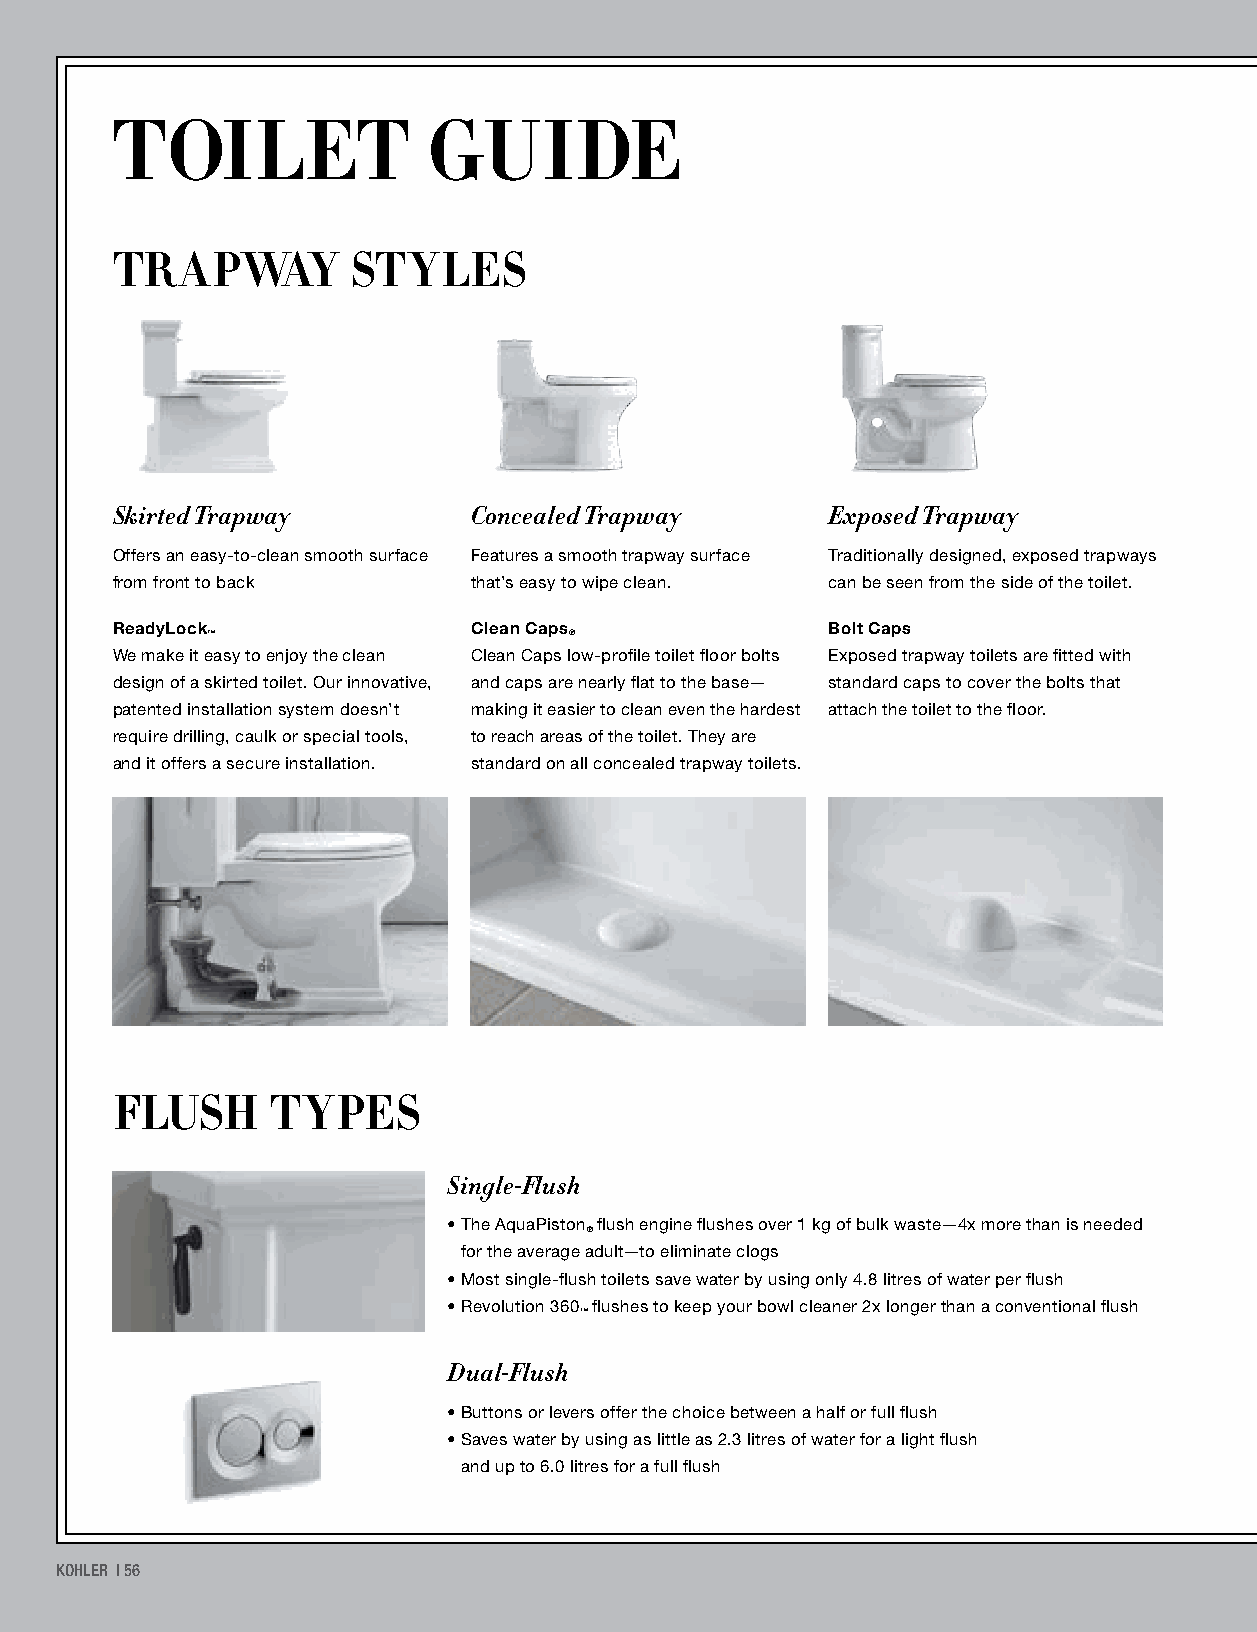
TOILET               GUIDE
 TRAPWAY         STYLES
 Skirted Trapway         Concealed Trapway       Exposed Trapway
 Offers an easy-to-clean smooth surface Features a smooth trapway surface Traditionally designed, exposed trapways
 from front to back      that’s easy to wipe clean. can be seen from the side of the toilet.
 ReadyLock               Clean Caps              Bolt Caps
 ™                       ®
 We make it easy to enjoy the clean Clean Caps low-profile toilet floor bolts Exposed trapway toilets are fitted with
 design of a skirted toilet. Our innovative, and caps are nearly flat to the base— standard caps to cover the bolts that
 patented installation system doesn’t making it easier to clean even the hardest attach the toilet to the floor.
 require drilling, caulk or special tools, to reach areas of the toilet. They are
 and it offers a secure installation. standard on all concealed trapway toilets.
 FLUSH      TYPES
 Single-Flush
 • T he AquaPiston flush engine flushes over 1 kg of bulk waste—4x more than is needed
 ®
 for the average adult—to eliminate clogs
 • M ost single-flush toilets save water by using only 4.8 litres of water per flush
 • R evolution 360 flushes to keep your bowl cleaner 2x longer than a conventional flush
 ™
 Dual-Flush
 • B uttons or levers offer the choice between a half or full flush
 • S aves water by using as little as 2.3 litres of water for a light flush
 and up to 6.0 litres for a full flush
 KOHLER | 56